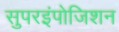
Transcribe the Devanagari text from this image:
सुपरइंपोजिशन